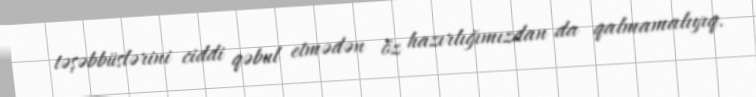
təşəbbüslərini ciddi qəbul etmədən öz hazırlığımızdan da qalmamalıyıq.